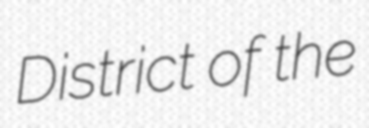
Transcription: District of the